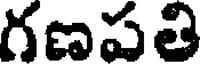
గణపతి